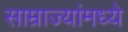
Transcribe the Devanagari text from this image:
साम्राज्यांमध्ये